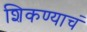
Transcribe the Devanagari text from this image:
शिकण्याचं